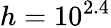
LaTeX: h=10^{2.4}